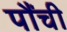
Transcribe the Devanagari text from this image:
पौंची